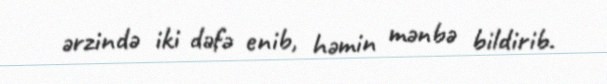
ərzində iki dəfə enib, həmin mənbə bildirib.